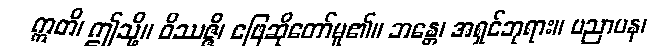
ဣတိ၊ ဤသို့။ ဝိဿဇ္ဇိ၊ ဖြေဆိုတော်မူ၏။ ဘန္တေ၊ အရှင်ဘုရား။ ပညာပန၊